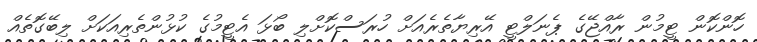
ހޮންކޮން ޓީމުން ރާއްޖޭގެ ޕެނަލްޓީ އޭރިޔާތެރެއަށް ހުރަސްކޮށްލި ބޯޅަ އެޓީމުގެ ކުޅުންތެރިއަކަށް ލިބޭގޮތެއް